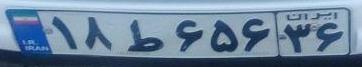
۱۸ط۶۵۶۳۶